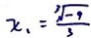
x _ { 1 } = \frac { \sqrt [ 3 ] { - 9 } } { 3 }